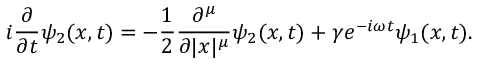
i \frac { \partial } { \partial t } \psi _ { 2 } ( x , t ) = - \frac { 1 } { 2 } \frac { \partial ^ { \mu } } { \partial | x | ^ { \mu } } \psi _ { 2 } ( x , t ) + \gamma e ^ { - i \omega t } \psi _ { 1 } ( x , t ) .